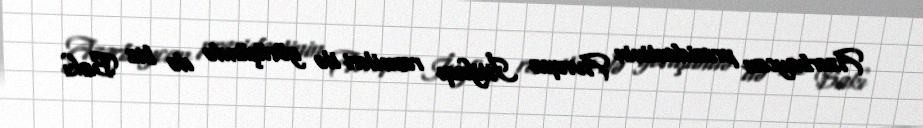
Azərbaycan prezidentinin Avropa İttifaqı rəsmiləri ilə görüşündə də biz Bakı